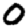
Digit: 0